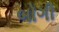
બોગી